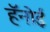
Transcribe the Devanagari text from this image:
हॅनोई